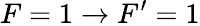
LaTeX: F=1\rightarrow F^{\prime}=1